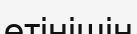
өтінішін